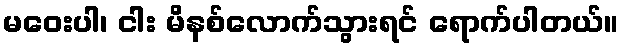
မဝေးပါ၊ ငါး မိနစ်လောက်သွားရင် ရောက်ပါတယ်။